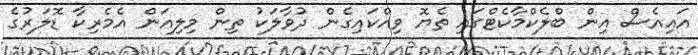
އައިއެސް އިން ބްލެކްމާކެޓްގައި ތެޔޮ ވިއްކައިގެން ދުވާލަކު ތިން މިލިއަން އެމެރިކާ ޑޮލަރުގެ